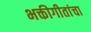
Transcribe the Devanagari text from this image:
भक्तीगीतांचा